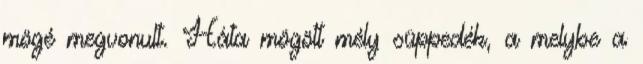
mögé megvonult. Háta mögött mély süppedék, a melybe a